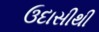
ઉદાસીથી